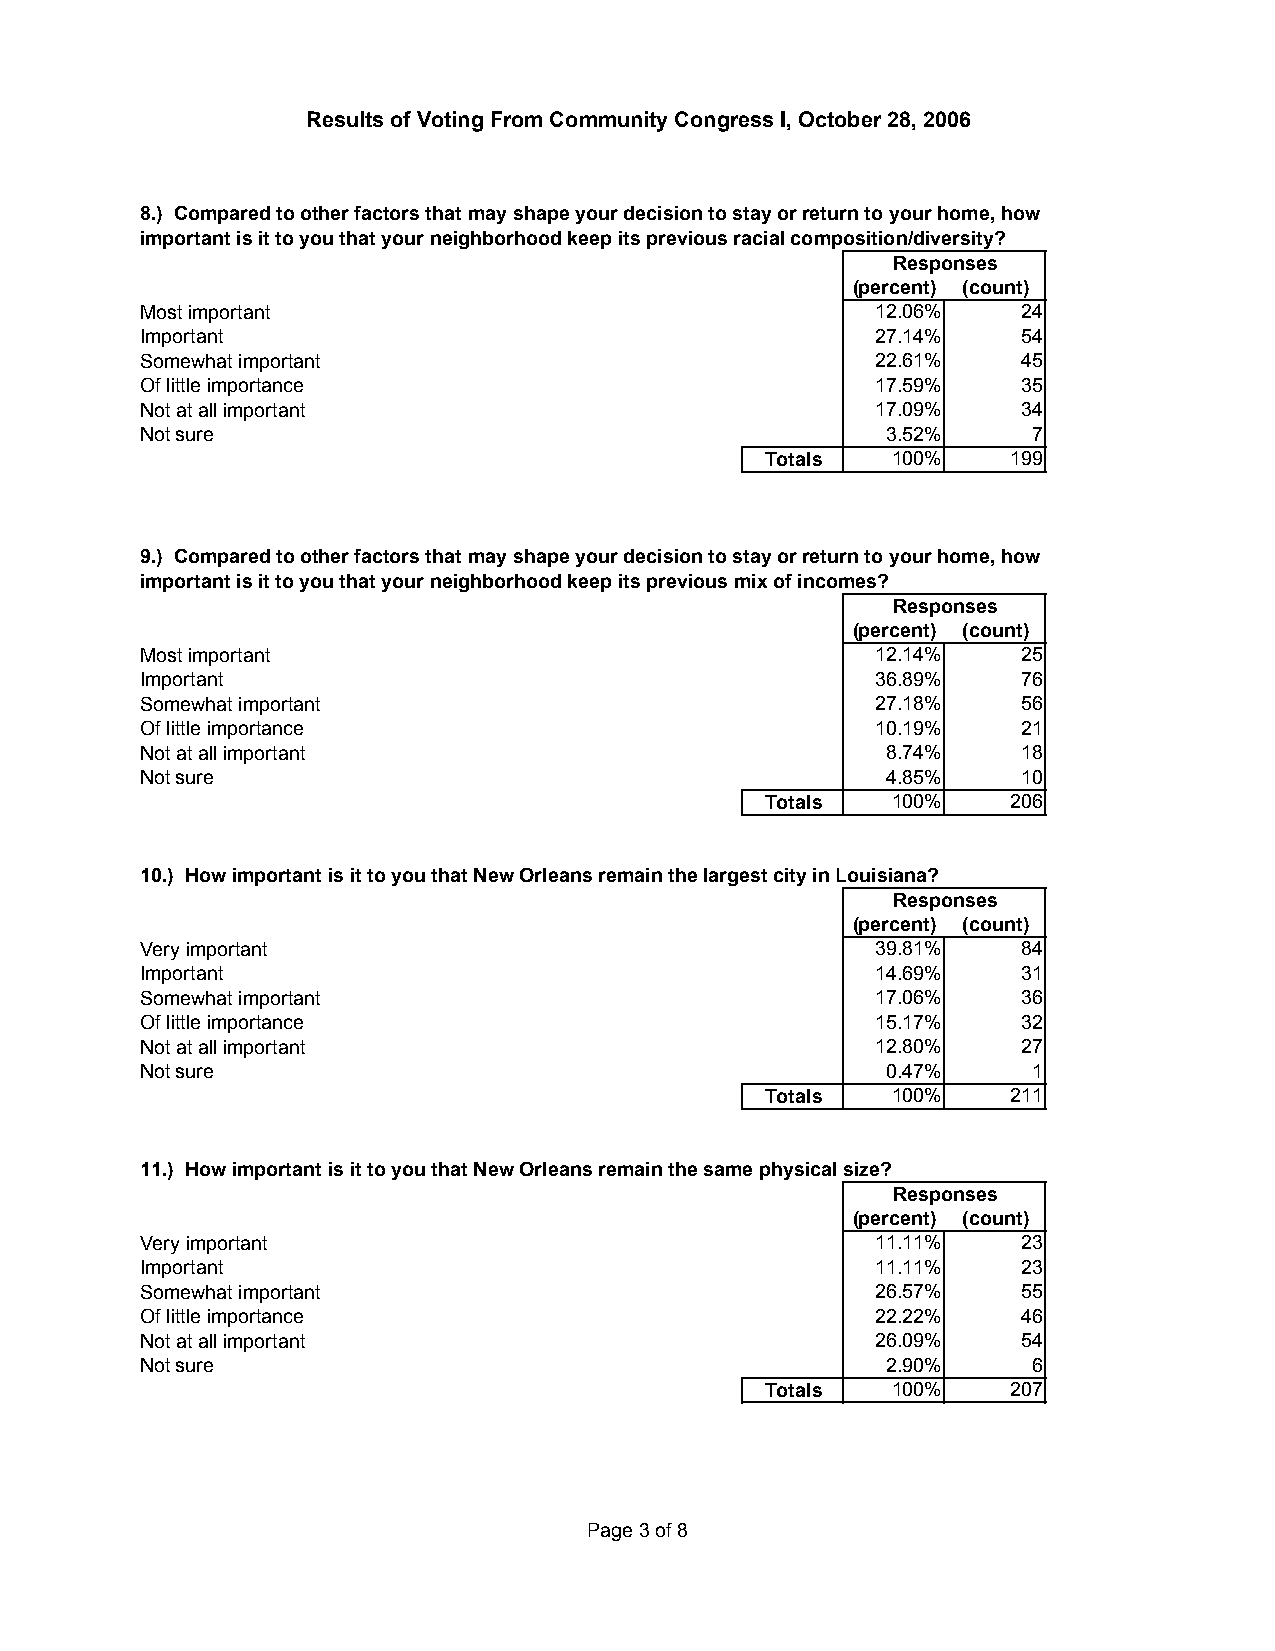
Results of Voting From Community Congress I, October 28, 2006
 8.) Compared to other factors that may shape your decision to stay or return to your home, how
 important is it to you that your neighborhood keep its previous racial composition/diversity?
 Responses
 (percent) (count)
 Most important                                   12.06%    24
 Important                                        27.14%    54
 Somewhat important                               22.61%    45
 Of little importance                             17.59%    35
 Not at all important                             17.09%    34
 Not sure                                          3.52%    7
 Totals  100%    199
 9.) Compared to other factors that may shape your decision to stay or return to your home, how
 important is it to you that your neighborhood keep its previous mix of incomes?
 Responses
 (percent) (count)
 Most important                                   12.14%    25
 Important                                        36.89%    76
 Somewhat important                               27.18%    56
 Of little importance                             10.19%    21
 Not at all important                              8.74%    18
 Not sure                                          4.85%    10
 Totals  100%    206
 10.) How important is it to you that New Orleans remain the largest city in Louisiana?
 Responses
 (percent) (count)
 Very important                                   39.81%    84
 Important                                        14.69%    31
 Somewhat important                               17.06%    36
 Of little importance                             15.17%    32
 Not at all important                             12.80%    27
 Not sure                                          0.47%    1
 Totals  100%    211
 11.) How important is it to you that New Orleans remain the same physical size?
 Responses
 (percent) (count)
 Very important                                   11.11%    23
 Important                                        11.11%    23
 Somewhat important                               26.57%    55
 Of little importance                             22.22%    46
 Not at all important                             26.09%    54
 Not sure                                          2.90%    6
 Totals  100%    207
 Page 3 of 8